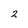
Character: 2